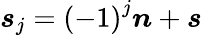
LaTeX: \boldsymbol{s}_{j}=\left(-1\right)^{j}\boldsymbol{n}+\boldsymbol{s}